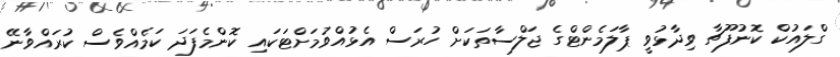
ގްލައުކް ކޮނުފޫޗާ ވިދާޅުވީ ޕާލަމެންޓްގެ ޖަލްސާތަކަށް ހުރަސް އެޅުއްވުމަށްޓަކައި ކޮންމެފަދަ ކަމެއްވެސް ކުރައްވާނޭ